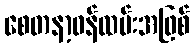
စေတနာ့ဝန်ထမ်းအဖြစ်